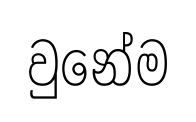
වුනේම